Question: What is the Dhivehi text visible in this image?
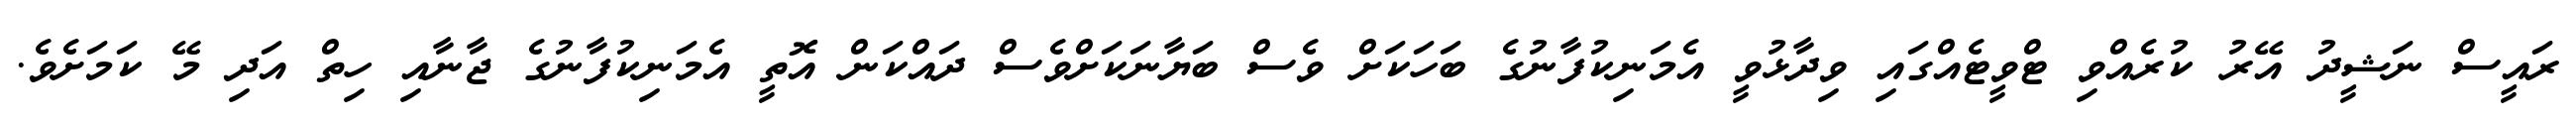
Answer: ރައީސް ނަޝީދު އޭރު ކުރެއްވި ޓްވީޓެއްގައި ވިދާޅުވީ އެމަނިކުފާނުގެ ބަހަކަށް ވެސް ބަޔާނަކަށްވެސް ދައްކަން އޮތީ އެމަނިކުފާނުގެ ޖާނާއި ހިތް އަދި މޭ ކަމަށެވެ.